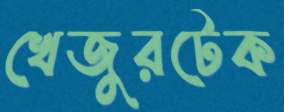
খেজুরটেক